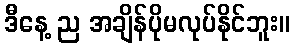
ဒီနေ့ ည အချိန်ပိုမလုပ်နိုင်ဘူး။